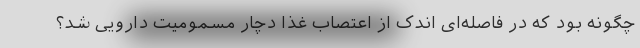
چگونه بود که در فاصله‌ای اندک از اعتصاب غذا دچار مسمومیت دارویی شد؟